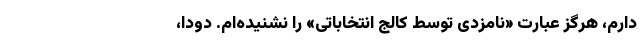
دارم، هرگز عبارت «نامزدی توسط کالج انتخاباتی» را نشنیده‌ام. دودا،